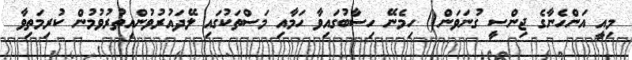
މިއީ އަންހެނާގެ ޖިންސީ ގުނަވަން() ހިމެނޭ ހިސާބުގައިވާ ހަމާއި މަސްތަކުގައި ލޭދައުރުވުންއިތުރުވުމުން ކުރިމަތިވާ